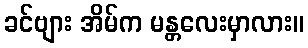
ခင်ဗျား အိမ်က မန္တလေးမှာလား။